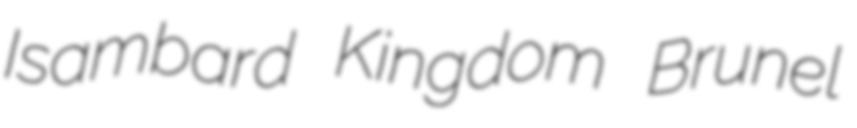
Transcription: Isambard Kingdom Brunel